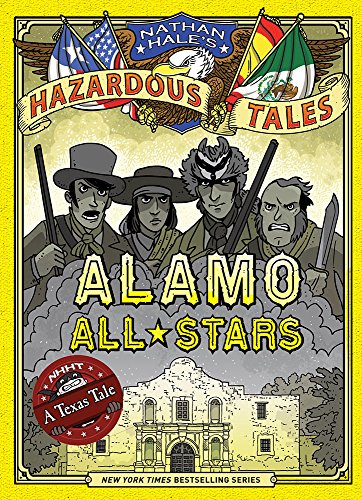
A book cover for Nathan Hale's Hazardous Tales: Alamo All-Stars; Nathan Hale; Children's Books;